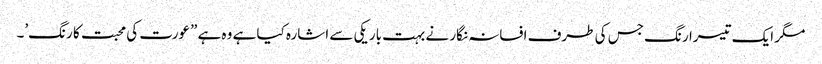
مگر ایک تیسرا رنگ جس کی طرف افسانہ نگار نے بہت باریکی سے اشارہ کیا ہے وہ ہے ”عورت کی محبت کا رنگ’۔